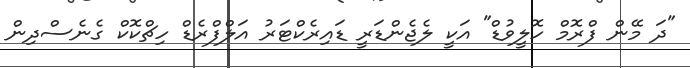
"ދަ މޭން ފްރޮމް ހޮލީވުޑް" އަކީ ލެޖެންޑަރީ ޑައިރެކްޓަރު އަލްފްރެޑް ހިޗްކޮކް ގެނެސްދިން